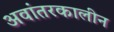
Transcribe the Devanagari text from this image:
अवांतरकालीन